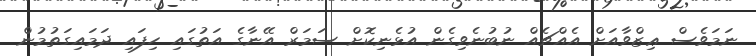
ނަމަވެސް ޢިޒްވާއަށް އެއްޗެއް ނުބުނެވިގެން އުޅެނިކޮށް ސަމަރް އޭނާގެ އަތުގައި ހިފައި ދަމައިގަތުމުން